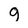
Character: g